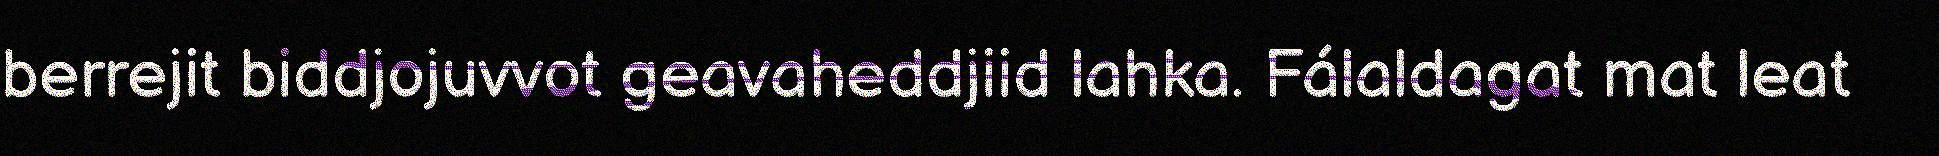
berrejit biddjojuvvot geavaheddjiid lahka. Fálaldagat mat leat